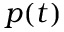
p ( t )